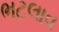
ભટલાવ